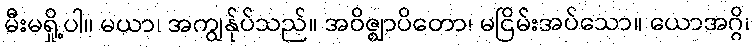
မီးမရှို့ပါ။ မယာ၊ အကျွန်ုပ်သည်။ အဝိဇ္ဈာပိတော၊ မငြိမ်းအပ်သော။ ယောအဂ္ဂိ၊